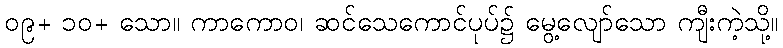
၀၉+ ၁၀+ သော။ ကာကောဝ၊ ဆင်သေကောင်ပုပ်၌ မွေ့လျော်သော ကျီးကဲ့သို့။